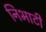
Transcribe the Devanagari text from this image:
निभाटी